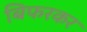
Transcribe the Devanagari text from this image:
बिफरकर